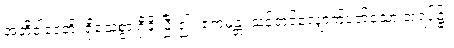
အဘိဝါဒေတိ၊ ရိုသေစွာ ရှိခိုးပြီး၍။ ဧကမန္တံ၊ သင့်တင့်လျှောက်ပတ်သော အရပ်၌။